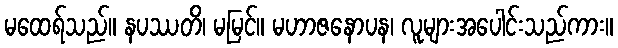
မထေရ်သည်။ နပဿတိ၊ မမြင်။ မဟာဇနောပန၊ လူများအပေါင်းသည်ကား။